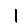
Digit: 1